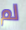
لم